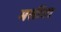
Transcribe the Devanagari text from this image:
मसींडा